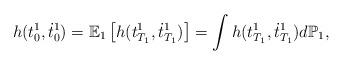
LaTeX: \begin{align*} h(t_0^1, \dot{t}_0^1) = \mathbb E_1 \left[h (t_{T_1}^1, \dot{t}_{T_1}^1)\right] = \int h (t_{T_1}^1, \dot{t}_{T_1}^1)d \mathbb P_1, \end{align*}